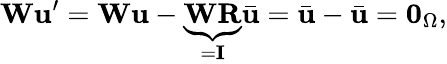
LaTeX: \mathbf{W}\mathbf{u}^{\prime}=\mathbf{W}\mathbf{u}-\underbrace{\mathbf{W}\mathbf{R}}_{=\mathbf{I}}\bar{\mathbf{u}}=\bar{\mathbf{u}}-\bar{\mathbf{u}}=\mathbf{0}_{\Omega},